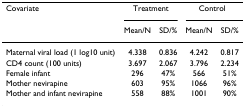
| Covariate | <COLSPAN=2> Treatment | <COLSPAN=2> Control |
 |  | Mean/N | SD/% | Mean/N | SD/% |
 | --- | --- | --- | --- | --- |
 | Maternal viral load (1 log10 unit) | 4.338 | 0.836 | 4.242 | 0.817 |
 | CD4 count (100 units) | 3.697 | 2.067 | 3.796 | 2.234 |
 | Female infant | 296 | 47% | 566 | 51% |
 | Mother nevirapine | 603 | 95% | 1066 | 96% |
 | Mother and infant nevirapine | 558 | 88% | 1001 | 90% |